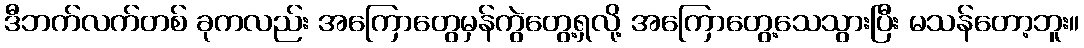
ဒီဘက်လက်တစ် ခုကလည်း အကြောတွေမှန်ကွဲတွေ့ရှလို့ အကြောတွေ့သေသွားပြီး မသန်တော့ဘူး။